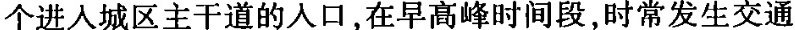
个进入城区主干道的人口，在早高峰时间段，时常发生交通